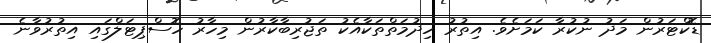
ޑޮކްޓަރުން މަދު ނުކުރާ ކަމަށެވެ. އިތުރު ހިދުމަތްތަކާއެކު ތަޖުރިބާކާރުން މިހާރު ހޮސްޕިޓަލްގައި އިތުރުވާނެ